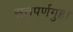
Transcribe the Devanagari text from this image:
सत्तपर्णगुहा